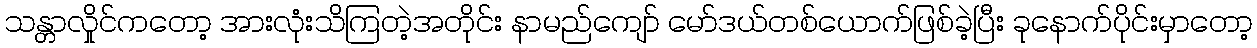
သန္တာလှိုင်ကတော့ အားလုံးသိကြတဲ့အတိုင်း နာမည်ကျော် မော်ဒယ်တစ်ယောက်ဖြစ်ခဲ့ပြီး ခုနောက်ပိုင်းမှာတော့